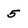
Character: 5